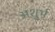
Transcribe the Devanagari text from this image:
अशुर्भ